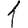
Digit: 1